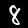
Digit: 8